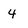
Character: 4